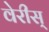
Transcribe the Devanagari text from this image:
वेरीस्